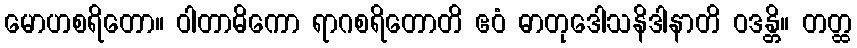
မောဟစရိတော။ ဝါတာဓိကော ရာဂစရိတောတိ ဧဝံ ဓာတုဒေါသနိဒါနာတိ ဝဒန္တိ။ တတ္ထ